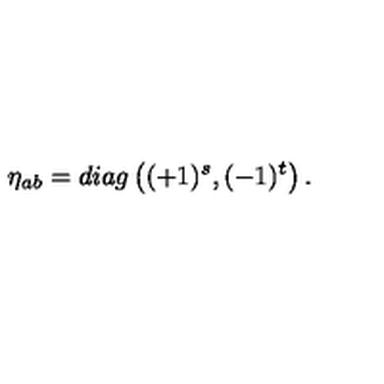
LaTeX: \eta _ { a b } = d i a g \left( ( + 1 ) ^ { s } , ( - 1 ) ^ { t } \right) .